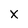
Character: X